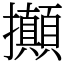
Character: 攧